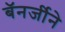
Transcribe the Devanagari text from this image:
बॅनर्जीने